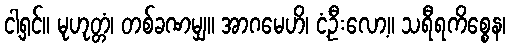
ငါ့ရှင်။ မုဟုတ္တံ၊ တစ်ခဏမျှ။ အာဂမေဟိ၊ ငံ့ဦးလော့။ သရီရကိစ္စေန၊